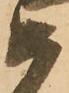
め